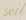
seil